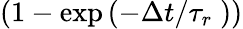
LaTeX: (1-\exp\left(-{\Delta t}/{{{\tau}_{r}}}\; \right))